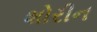
શોરીન